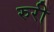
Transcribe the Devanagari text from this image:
रुरी